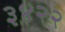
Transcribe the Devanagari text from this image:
३४२२